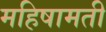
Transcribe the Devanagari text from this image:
महिषामती